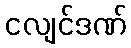
ငလျင်ဒဏ်